Annual report of the Punjab Veterinary College and of the Civil Veterinary Department, Punjab - 1894-1908
Year: 1894
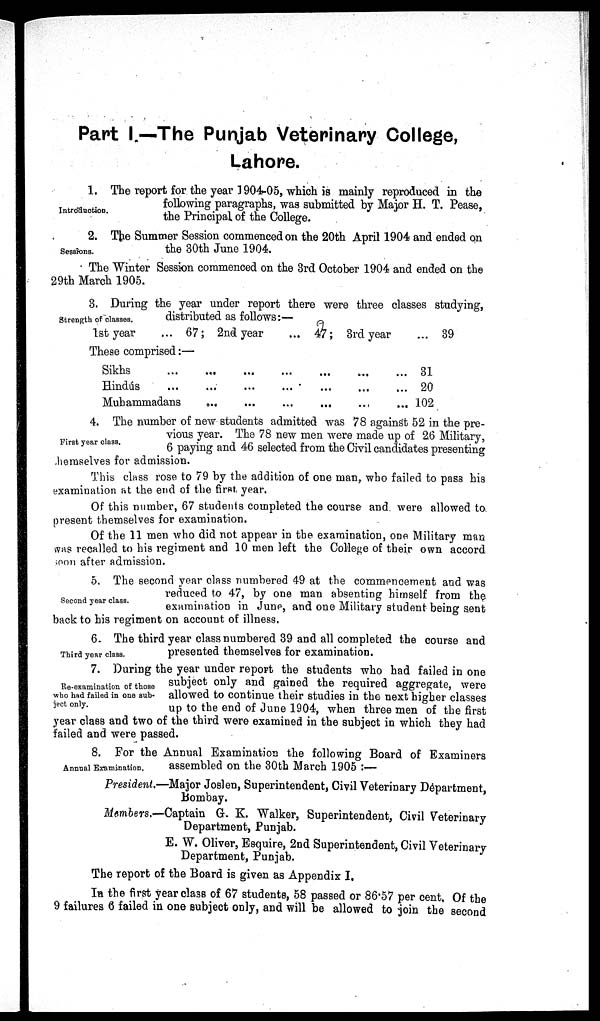
Part I.—The Punjab Veterinary College,
Lahore.
Introduction.
1. The report for the year 1904-05, which is mainly reproduced in the
following paragraphs, was submitted by Major H. T. Pease,
the Principal of the College.
Sessìons.
2. The Summer Session commenced on the 20th April 1904 and ended on
the 30th June 1904.
The Winter Session commenced on the 3rd October 1904 and ended on the
29th March 1905.
Strength of classes.
3. During the year under report there were three classes studying,
distributed as follows:—
1st year ... 67;
2nd year... 47;
3rd year
... 39
These comprised:—
Sikhs... ... ... ... ... ... ... ...
Hindus... ... ... ... ... ... ... ...
Mubammadans... ... ... ... ... ... ... ...
31
20
102
First year class.
4. The number of new students admitted was 78 against 52 in the pre-
vious year. The 78 new men were made up of 26 Military,
6 paying and 46 selected from the Civil candidates presenting
themselves for admission.
This class rose to 79 by the addition of one man, who failed to pass his
examination at the end of the first year.
Of this number, 67 students completed the course and were allowed to
present themselves for examination.
Of the 11 men who did not appear in the examination, one Military man
was recalled to his regiment and 10 men left the College of their own accord
soon after admission.
Second year class.
5. The second year class numbered 49 at the commencement and was
reduced to 47, by one man absenting himself from the
examination in June, and one Military student being sent
back to his regiment on account of illness.
Third year class.
6. The third year class numbered 39 and all completed the course and
presented themselves for examination.
Re-examination of those
who had failed in one sub-
ject only.
7. During the year under report the students who had failed in one
subject only and gained the required aggregate, were
allowed to continue their studies in the next higher classes
up to the end of June 1904, when three men of the first
year class and two of the third were examined in the subject in which they had
failed and were passed.
Annual Examination.
8. For the Annual Examination the following Board of Examiners
assembled on the 30th March 1905:—
President.—Major Joslen, Superintendent, Civil Veterinary Department,
Bombay.
Members.—Captain G. K. Walker, Superintendent, Civil Veterinary
Department, Punjab.
E. W. Oliver, Esquire, 2nd Superintendent, Civil Veterinary
Department, Punjab.
The report of the Board is given as Appendix I.
In the first year class of 67 students, 58 passed or 86.57 per cent. Of the
9 failures 6 failed in one subject only, and will be allowed to join the second